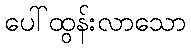
ပေါ်ထွန်းလာသော